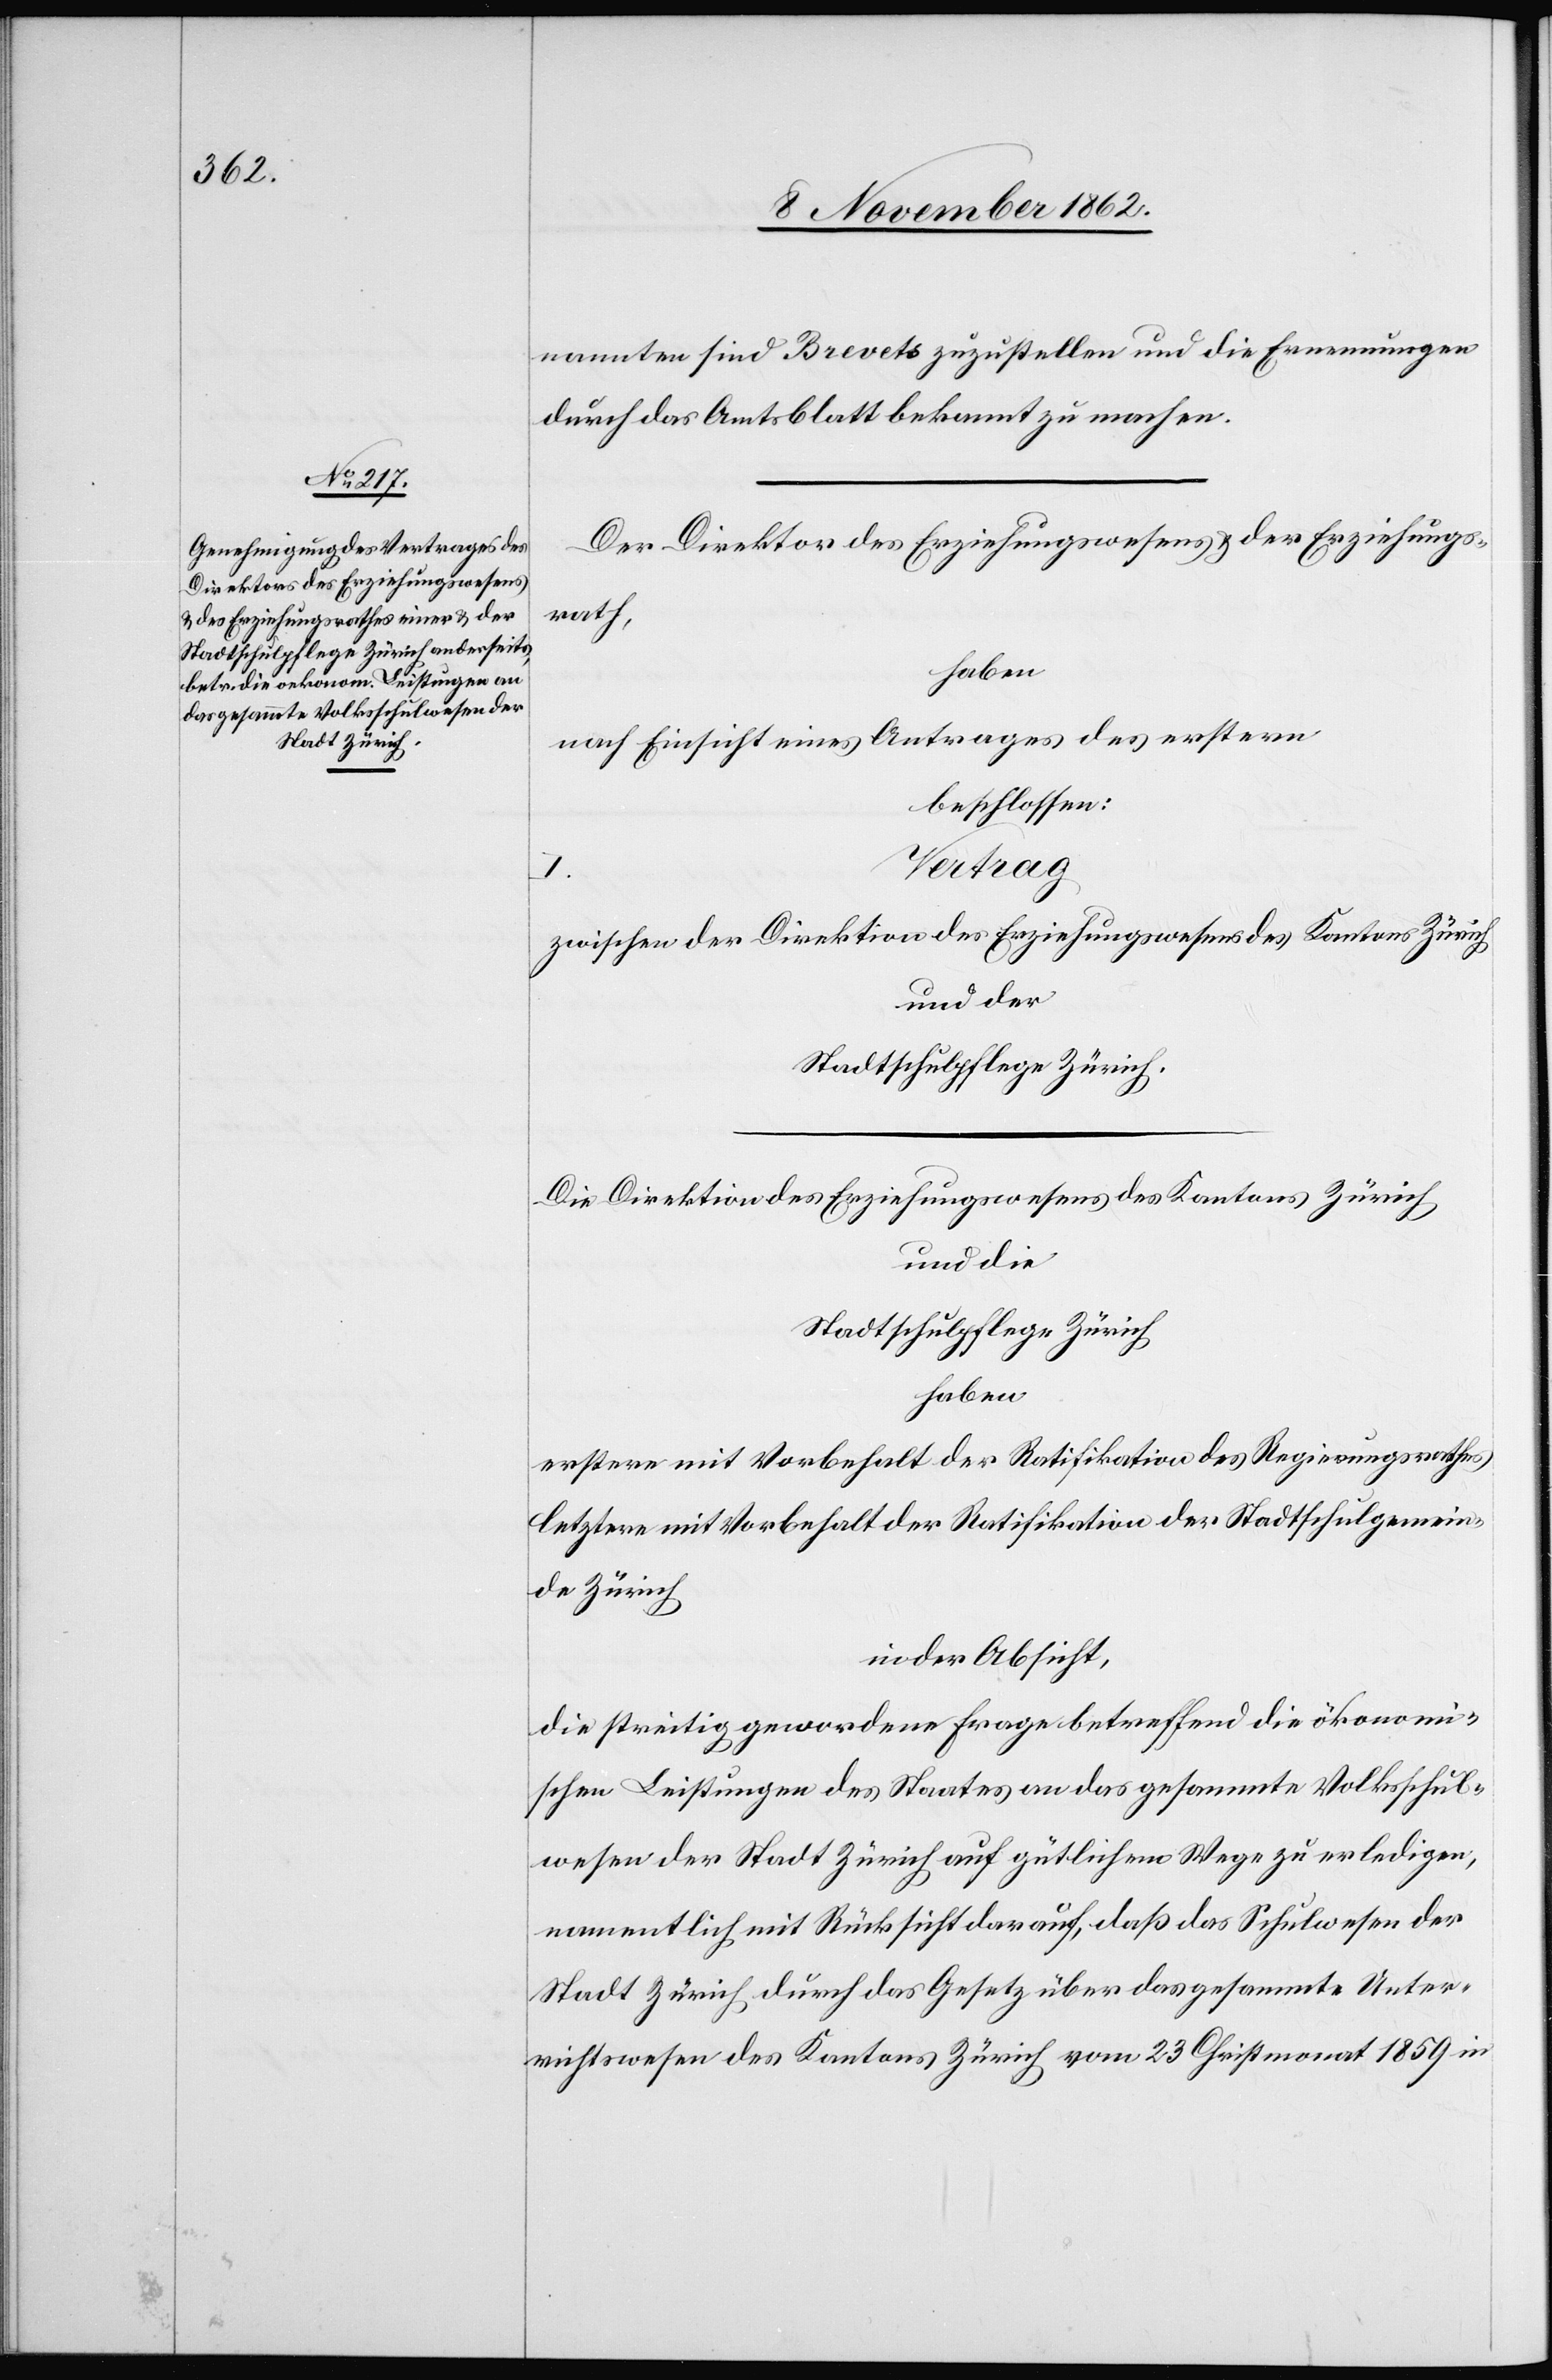
Stadt Zürich

nannten sind Brevets zuzustellen und die Ernennungen
durch das Amtsblatt bekannt zu machen.
Der Direktor des Erziehungswesens u. der Erziehungs¬
rath,
haben
nach Einsicht eines Antrages der erstern
beschlossen:
Vertrag
zwischen der Direktion des Erziehungswesens des Kantons Zürich
und der
Stadtschulpflege Zürich.
Die Direktion des Erziehungswesens des Kantons Zürich
und die
Stadtschulpflege Zürich
haben
erstere mit Vorbehalt der Ratifikation des Regierungsrathes
letztere mit Vorbehalt der Ratifikation der Stadtschulgemein¬
de Zürich
in der Absicht,
die streitig gewordene Frage betreffend die ökonomi¬
schen Leistungen des Staates an das gesammte Volksschul¬
wesen der Stadt Zürich auf gütlichem Wege zu erledigen,
namentlich mit Rücksicht darauf, daß das Schulwesen der
Stadt Zürich durch das Gesetz über das gesammte Unter¬
richtswesen des Kantons Zürich vom 23. Christmonat 1859 in